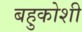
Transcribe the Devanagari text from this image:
बहुकोशी